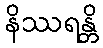
နိဿရန္တိ